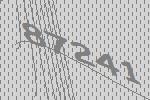
87241